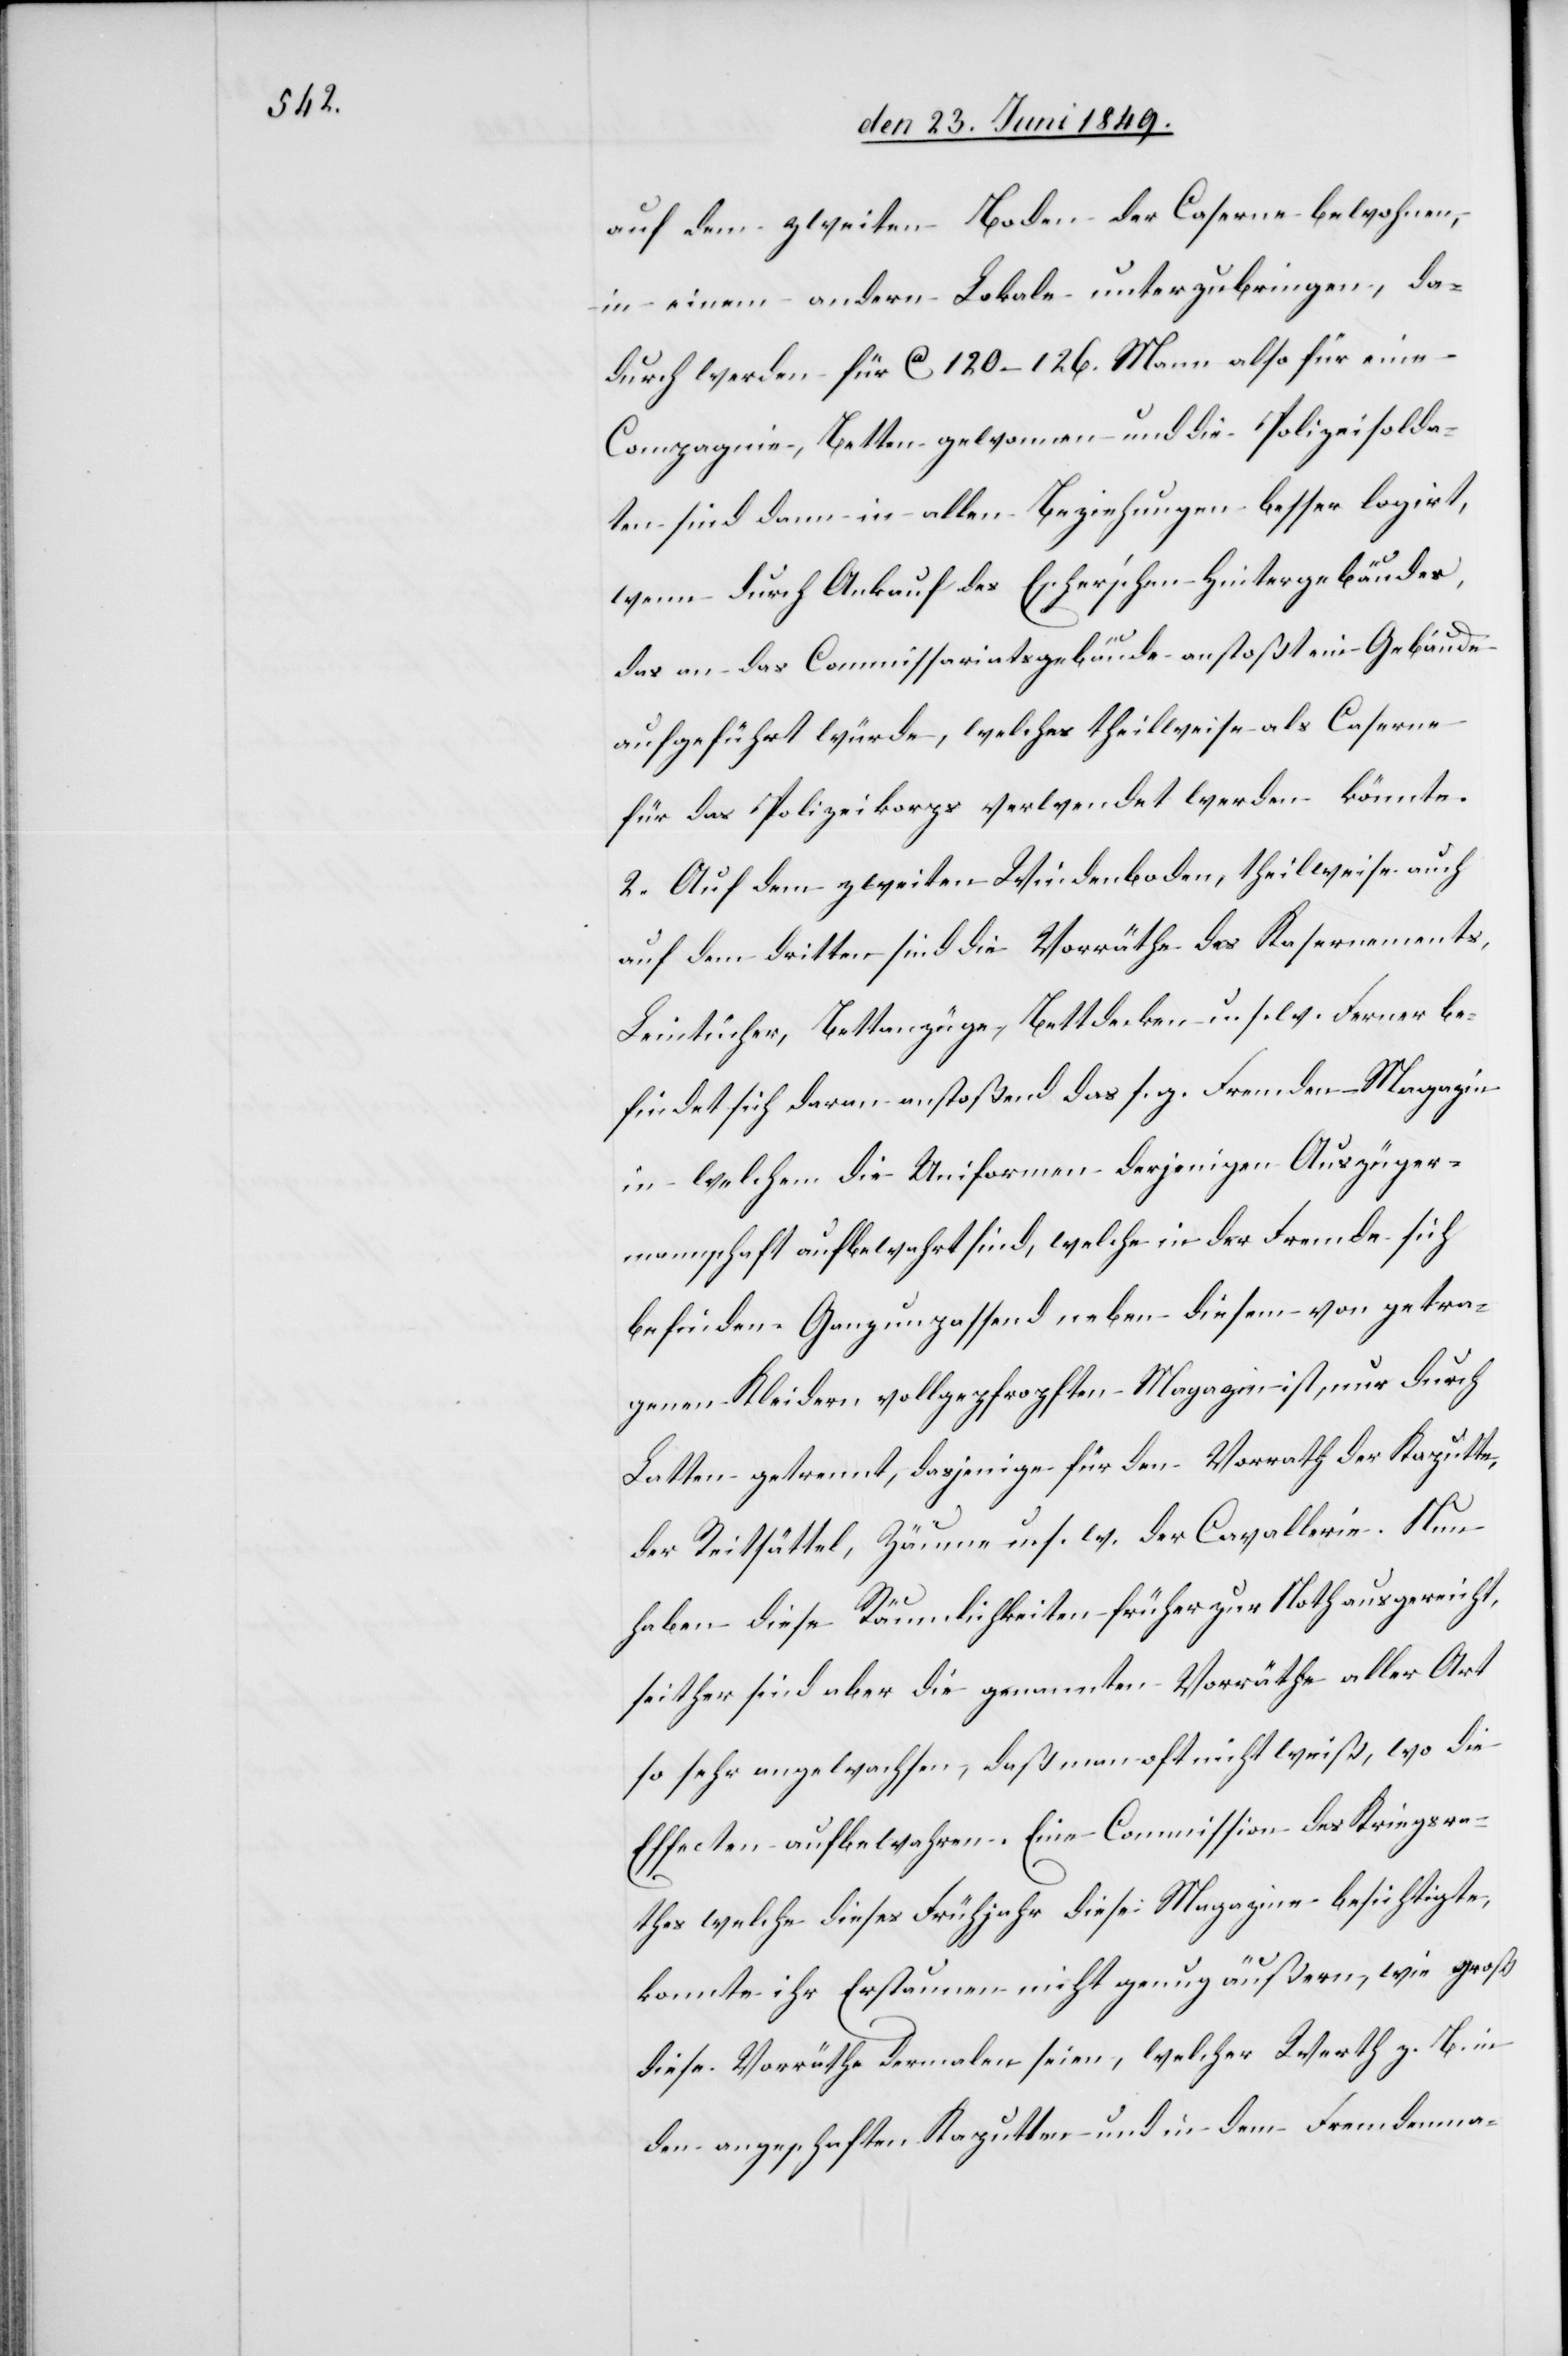
auf dem zweiten Boden der Caserne bewohnen,
in einem andern Lokale unterzubringen, da¬
durch werden für ca 120–126. Mann also für eine
Compagnie, Betten gewonnen und die Polizeisolda¬
ten sind dann in allen Beziehungen besser logirt,
wenn durch Ankauf des Escher’schen Hintergebäudes,
das an das Commissariatsgebäude anstoßt ein Gebäude
aufgeführt würde, welches theilweise als Caserne
für das Polizeikorps verwendet werden könnte.
2. Auf dem zweiten Windenboden, theilweise auch
auf dem dritten sind die Vorräthe des Kasernements,
Leintücher, Bettanzüge, Bettdecken u. s. w. Ferner be¬
findet sich daran anstoßend das s. g. Fremden Magazin
in welchem die Uniformen derjenigen Auszüger¬
mannschaft aufbewahrt sind, welche in der Fremde sich
befinden. Ganz unpassend neben diesem von getra¬
genen Kleidern vollgepfropften Magazin ist, nur durch
Latten getrennt, dasjenige für den Vorrath der Kaputte,
der Reitsättel, Zäume u. s. w. der Cavallerie. Nun
haben diese Räumlichkeiten früher zu Noth ausgereicht,
seither sind aber die genannten Vorräthe aller Art
so sehr angewachsen, daß man oft nicht weiß, wo die
Effecten aufbewahren. Eine Commission des Kriegsra¬
thes welche dieses Frühjahr diese Magazine besichtigte,
konnte ihr Erstaunen nicht genug äußern, wie groß
diese Vorräthe dermalen seien, welcher Werth z. B. in
den angeschafften Kaputten und in dem Fremdenma-